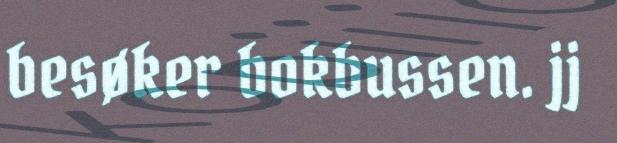
besøker bokbussen. jj